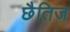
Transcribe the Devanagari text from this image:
छैतिज